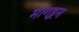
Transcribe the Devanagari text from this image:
मागहून